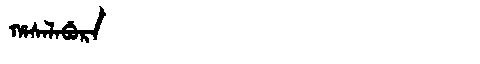
Manchu: ᡥᠠᠰᠠᠯᠠᠪᡠᡵᠠ
Romanization: HASALABURA